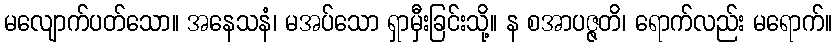
မလျောက်ပတ်သော။ အနေသနံ၊ မအပ်သော ရှာမှီးခြင်းသို့။ န စအာပဇ္ဇတိ၊ ရောက်လည်း မရောက်။